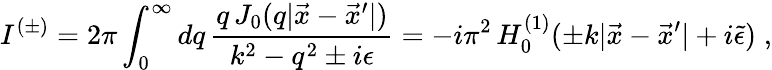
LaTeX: I^{(\pm)}=2\pi\int_{0}^{\infty}dq\, \frac{q\, J_{0}(q|\vec{x}-\vec{x}^{\prime}|)}{k^{2}-q^{2}\pm i\epsilon}=-i\pi^{2}\, H_{0}^{(1)}(\pm k|\vec{x}-\vec{x}^{\prime}|+i\tilde{\epsilon})\; ,